Report on sanitation, dispensaries, and jails in Rajputana for 1910, and on vaccination for the year 1910-1911 - 1910-1911
Year: 1910
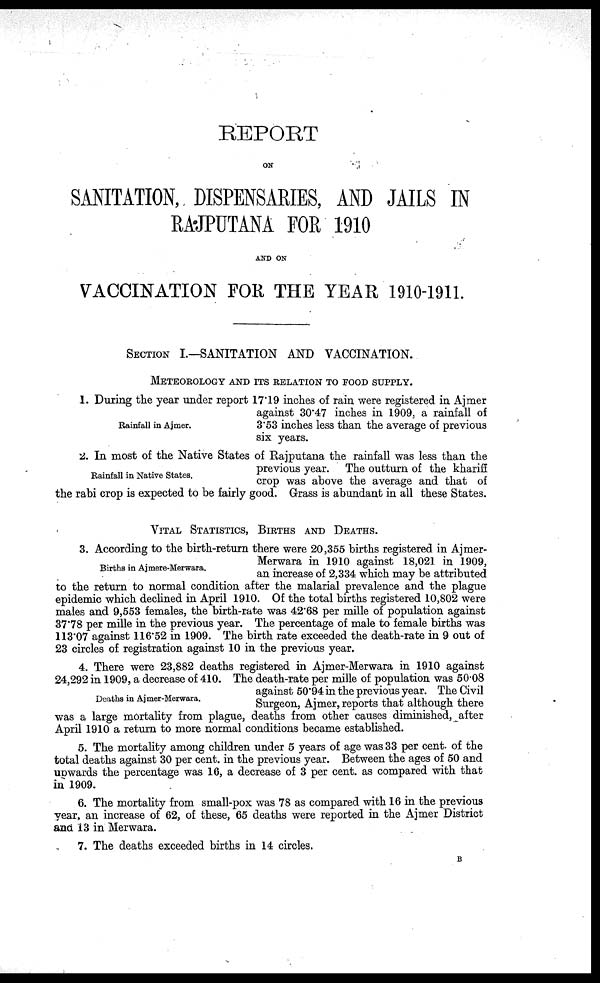
REPORT
ON
SANITATION, DISPENSARIES, AND JAILS IN
RAJPUTANA FOR 1910
AND ON
VACCINATION FOR THE YEAR 1910-1911.
SECTION I.—SANITATION AND VACCINATION.
METEOROLOGY AND ITS RELATION TO FOOD SUPPLY.
Rainfall in Ajmer.
1. During the year under report 17.19 inches of rain were registered in Ajmer
against 30.47 inches in 1909, a rainfall of
3.53 inches less than the average of previous
six years.
Rainfall in Native States.
2. In most of the Native States of Rajputana the rainfall was less than the
previous year. The outturn of the khariff
crop was above the average and that of
the rabi crop is expected to be fairly good. Grass is abundant in all these States.
VITAL STATISTICS, BIRTHS AND DEATHS.
Births in Ajmere-Merwara.
3. According to the birth-return there were 20,355 births registered in Ajmer¬
Merwara in 1910 against 18,021 in 1909,
an increase of 2,334 which may be attributed
to the return to normal condition after the malarial prevalence and the plague
epidemic which declined in April 1910. Of the total births registered 10,802 were
males and 9,553 females, the birth-rate was 42.68 per mille of population against
37.78 per mille in the previous year. The percentage of male to female births was
113.07 against 116.52 in 1909. The birth rate exceeded the death-rate in 9 out of
23 circles of registration against 10 in the previous year.
Deaths in Ajmer-Merwara.
4. There were 23,882 deaths registered in Ajmer-Merwara in 1910 against
24,292 in 1909, a decrease of 410. The death-rate per mille of population was 50.08
against 50.94 in the previous year. The Civil
Surgeon, Ajmer, reports that although there
was a large mortality from plague, deaths from other causes diminished, after
April 1910 a return to more normal conditions became established.
5. The mortality among children under 5 years of age was 33 per cent. of the
total deaths against 30 per cent. in the previous year. Between the ages of 50 and
upwards the percentage was 16, a decrease of 3 per cent. as compared with that
in 1909.
6. The mortality from small-pox was 78 as compared with 16 in the previous
year, an increase of 62, of these, 65 deaths were reported in the Ajmer District
and 13 in Merwara.
7. The deaths exceeded births in 14 circles.
B